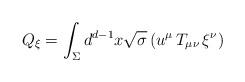
LaTeX: \begin{align*}Q_\xi = \int_\Sigma d^{d-1}x \sqrt{\sigma} \, (u^\mu \, T_{\mu\nu} \, \xi^\nu) \end{align*}